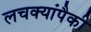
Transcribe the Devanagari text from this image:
लचक्यांपैकी